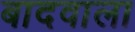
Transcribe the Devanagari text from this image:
बादवाला